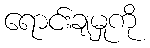
ရောင်းချမှုကို